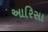
આરિસા